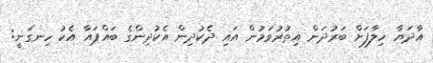
އާދަޔާ ހިލާފަށް ބަރުދަން އިތުރުވަމުން އައި ދެކުދިން އެކުދިންގެ ބައްޕައާ އެކު ހިނގަނީ: